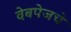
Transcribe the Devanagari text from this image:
वेबपेजचे